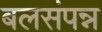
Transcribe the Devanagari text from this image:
बलसंपन्न